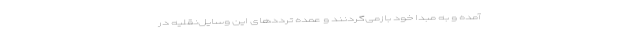
آمده و به مبدا خود بازمی‌گردنند و عمده ترددهای این وسایل‌نقلیه در